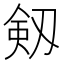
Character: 剱